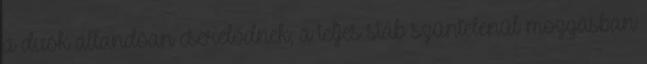
a duók állandóan cserélődnek, a teljes stáb szüntelenül mozgásban